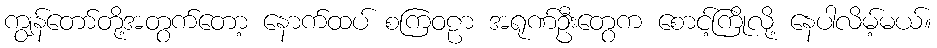
ကျွန်တော်တို့အတွက်တော့ နောက်ထပ် စကြဝဠာ အရုဏ်ဦးတွေက စောင့်ကြိုလို့ နေပါလိမ့်မယ်။